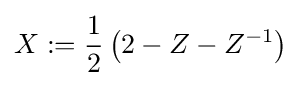
X:={\frac {1}{2}}\left(2-Z-Z^{-1}\right)